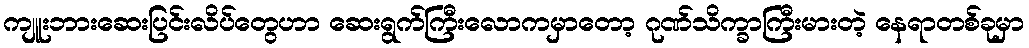
ကျူးဘားဆေးပြင်းလိပ်တွေဟာ ဆေးရွက်ကြီးလောကမှာတော့ ဂုဏ်သိက္ခာကြီးမားတဲ့ နေရာတစ်ခုမှာ